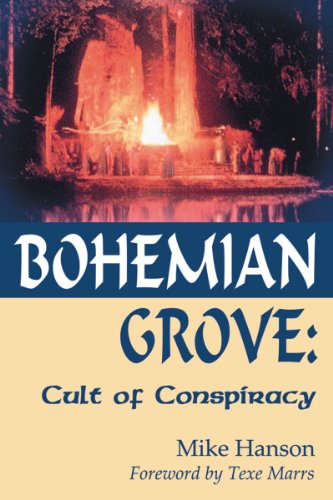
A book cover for Bohemian Grove: Cult of Conspiracy; Mike Hanson; Religion & Spirituality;